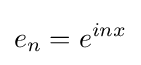
e_{n}=e^{inx}